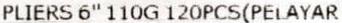
PLIERS 6"110G 120PCS(PELAYAR